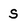
Character: s